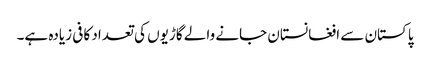
پاکستان سے افغانستان جانے والے گاڑیوں کی تعداد کافی زیادہ ہے۔